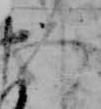
五